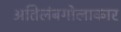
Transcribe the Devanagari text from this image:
अतिलंबगोलाकार